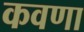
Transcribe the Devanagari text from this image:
कवणा